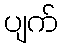
ပျက်